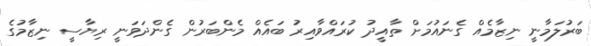
ބަރުލަމާނީ ނިޒާމެއް ގެނައުމަށް ތާއީދު ކުރައްވާއިރު ބައެއް މެންބަރުން ގެންދަވަނީ ރިޔާސީ ނިޒާމުގެ